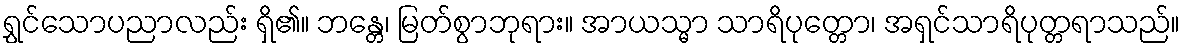
ရွှင်သောပညာလည်း ရှိ၏။ ဘန္တေ၊ မြတ်စွာဘုရား။ အာယသ္မာ သာရိပုတ္တော၊ အရှင်သာရိပုတ္တရာသည်။